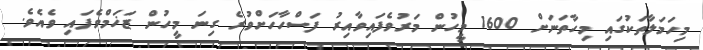
މިހަމަލާތަކުގައި މިހާތަނަށް 1600 މީހުން މަރުވެފައިވާއިރު ފަސްހާހަށްވުރެ ގިނަ މީހުން ޒަޚަމްވެފައި ވެއެވެ.